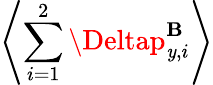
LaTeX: \left\langle\sum_{i=1}^{2}\Deltap_{\mathit{y},i}^{\mathbf{{B}}}\right\rangle